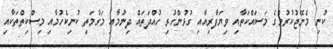
ކުނި މެނޭޖުކުރުމުގެ މަސައްކަތާއި ވިޔަފާރިއާއި ގުޅުންހުރި ހުއްދަތައް ދިނުމާއި މަގުމަތި ކުނިކެހުމާއި މިސްކިތްތަކާއި